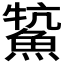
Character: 𩸡